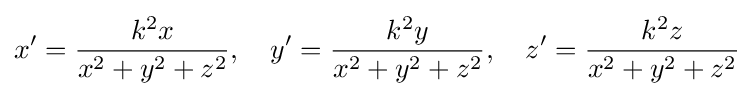
x^{\prime }={\frac {k^{2}x}{x^{2}+y^{2}+z^{2}}},\quad y^{\prime }={\frac {k^{2}y}{x^{2}+y^{2}+z^{2}}},\quad z^{\prime }={\frac {k^{2}z}{x^{2}+y^{2}+z^{2}}}